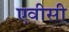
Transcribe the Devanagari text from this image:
एवीसी